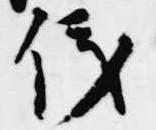
儀